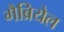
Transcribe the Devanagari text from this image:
गैब्रियेल